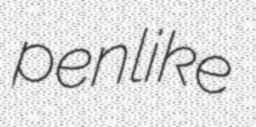
penlike